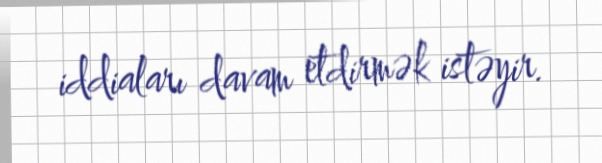
iddiaları davam etdirmək istəyir.